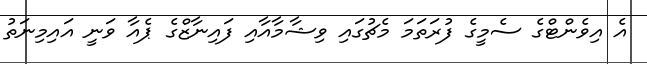
އެ އިވެންޓްގެ ސެމީގެ ފުރަތަމަ މެޗުގައި ވިޝާމާއާއި ފައިނާޒްގެ ޕެއާ ވަނީ އައިމިނަތު